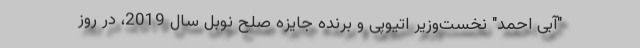
"آبی احمد" نخست‌وزیر اتیوپی و برنده جایزه صلح نوبل سال 2019، در روز